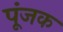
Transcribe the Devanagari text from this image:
पूंजक